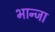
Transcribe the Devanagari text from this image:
भान्जा